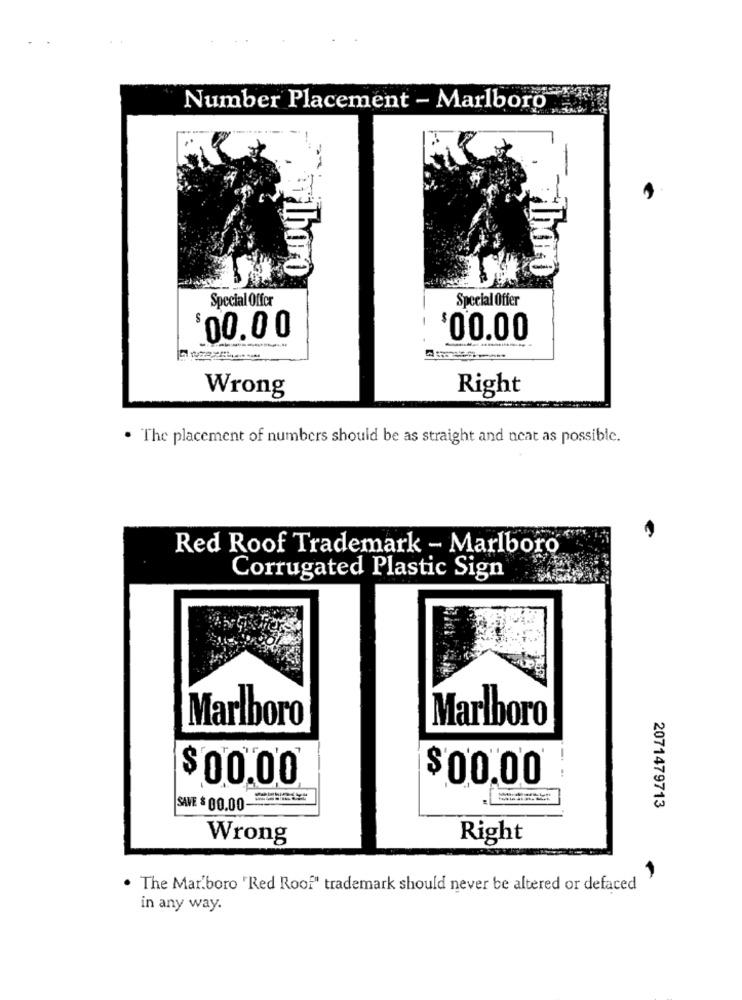
Number Placement - Marlboro
Filhoro
Thor
Special Offer
Special Offer
$00.00
$00.00
Wrong
Right
. The placement of numbers should be as straight and neat as possible.
Red Roof Trademark - Marlboro
Corrugated Plastic Sign
Marlboro
Marlboro
-
$ 00,00
$ 00.00
SAVE $ 00.00-
2071479713
Wrong
Right
. The Mar.boro "Red Roof" trademark should never be altered or defaced
in any way.